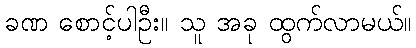
ခဏ စောင့်ပါဦး။ သူ အခု ထွက်လာမယ်။